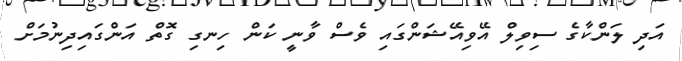
އަދި ލަންކާގެ ސިވިލް އޭވިއޭޝަންގައި ވެސް ވާނީ ކަން ހިނގި ގޮތް އަންގައިދިނުމަށް